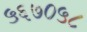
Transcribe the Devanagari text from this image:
५६७०५८